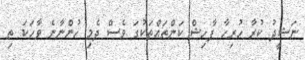
ނަޝީދު ކުރާ ހުރިހާ ފާހިޝް ކަންތައްތަކުގަ ވެސް ދެމި ހުންނާނެ ވާހަކަ ތި